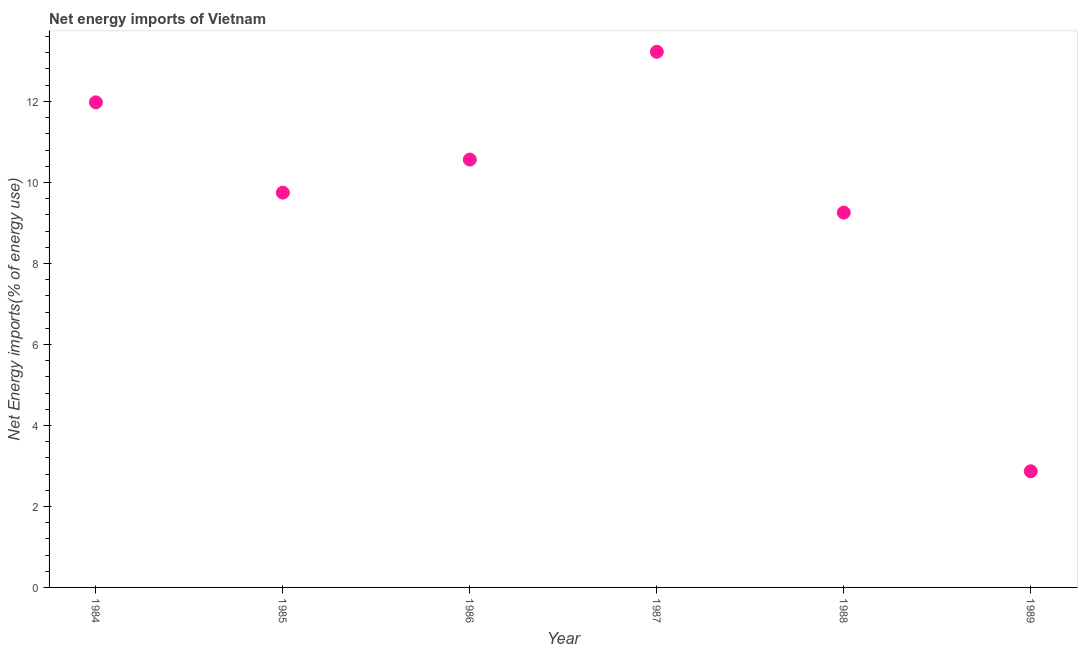
| Year | Energy imports |
 | --- | --- |
 | 1984 | 12 |
 | 1985 | 9.75 |
 | 1986 | 10.6 |
 | 1987 | 13.2 |
 | 1988 | 9.25 |
 | 1989 | 2.87 |